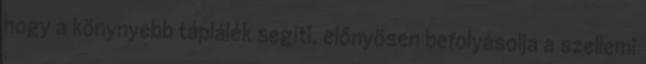
hogy a könynyebb táplálék segíti, előnyösen befolyásolja a szellemi